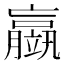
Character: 䇔